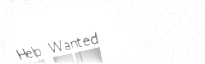
Help Wanted